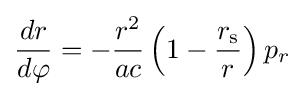
{\frac {dr}{d\varphi }}=-{\frac {r^{2}}{ac}}\left(1-{\frac {r_{\text{s}}}{r}}\right)p_{r}